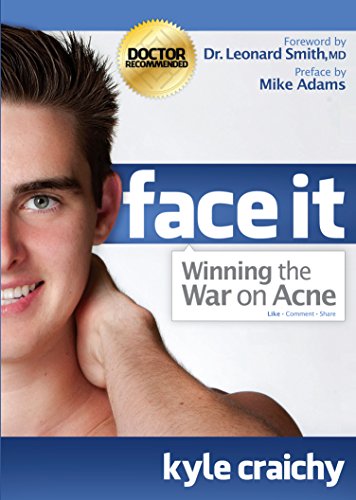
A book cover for Face It: Winning the War on Acne; Kyle Craichy; Health, Fitness & Dieting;